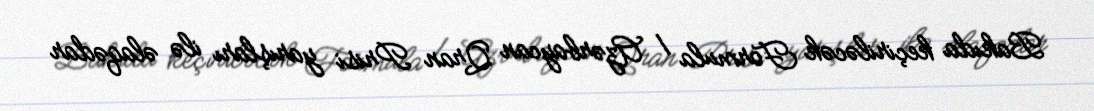
Bakıda keçiriləcək Formula 1 Azərbaycan Qran Prisi yarışları ilə əlaqədar